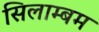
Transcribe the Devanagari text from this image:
सिलाम्बम